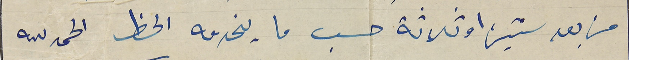
من بعد سنتين او ثلاثة حسب ما يخدمه الحظ الحمد لله